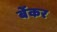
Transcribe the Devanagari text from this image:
बेंकर